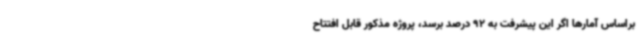
براساس آمارها اگر این پیشرفت به 92 درصد برسد، پروژه مذکور قابل افتتاح